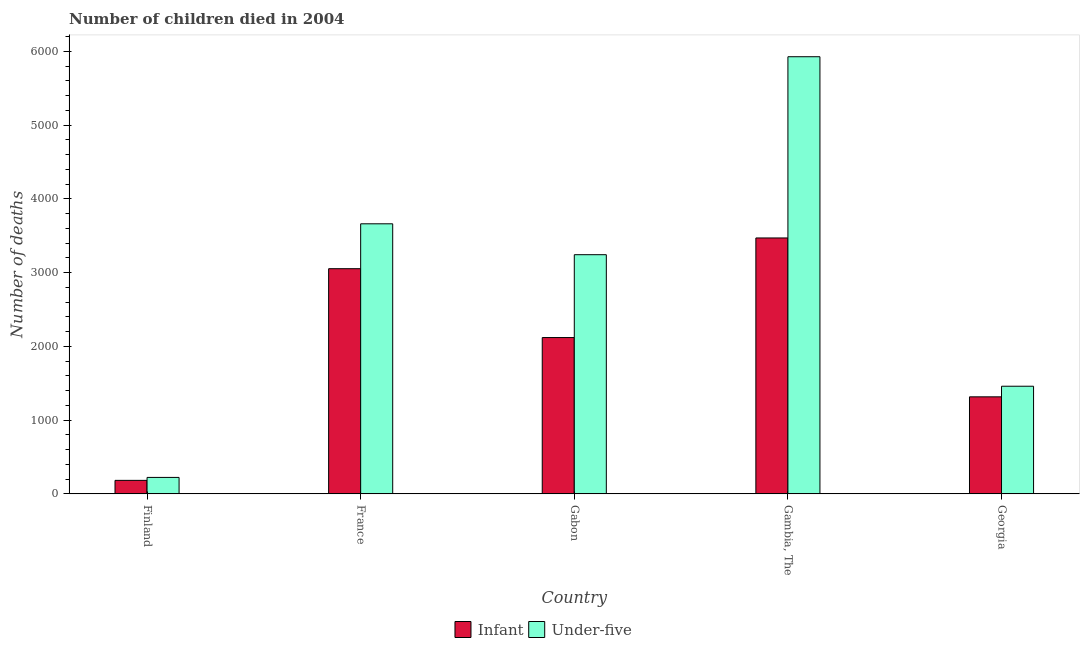
| Country | Infant | Under-five |
 | --- | --- | --- |
 | Finland | 183 | 223 |
 | France | 3.05e+03 | 3.66e+03 |
 | Gabon | 2.12e+03 | 3.24e+03 |
 | Gambia, The | 3.47e+03 | 5.93e+03 |
 | Georgia | 1.32e+03 | 1.46e+03 |